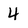
Character: 4